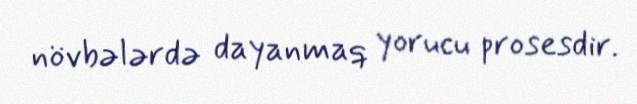
növbələrdə dayanmaq yorucu prosesdir.